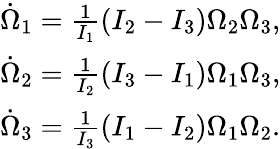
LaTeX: \begin{array}{r}{\dot{\Omega}_{1}=\frac{1}{I_{1}}(I_{2}-I_{3})\Omega_{2}\Omega_{3},}\\ {\dot{\Omega}_{2}=\frac{1}{I_{2}}(I_{3}-I_{1})\Omega_{1}\Omega_{3},}\\ {\dot{\Omega}_{3}=\frac{1}{I_{3}}(I_{1}-I_{2})\Omega_{1}\Omega_{2}.}\end{array}